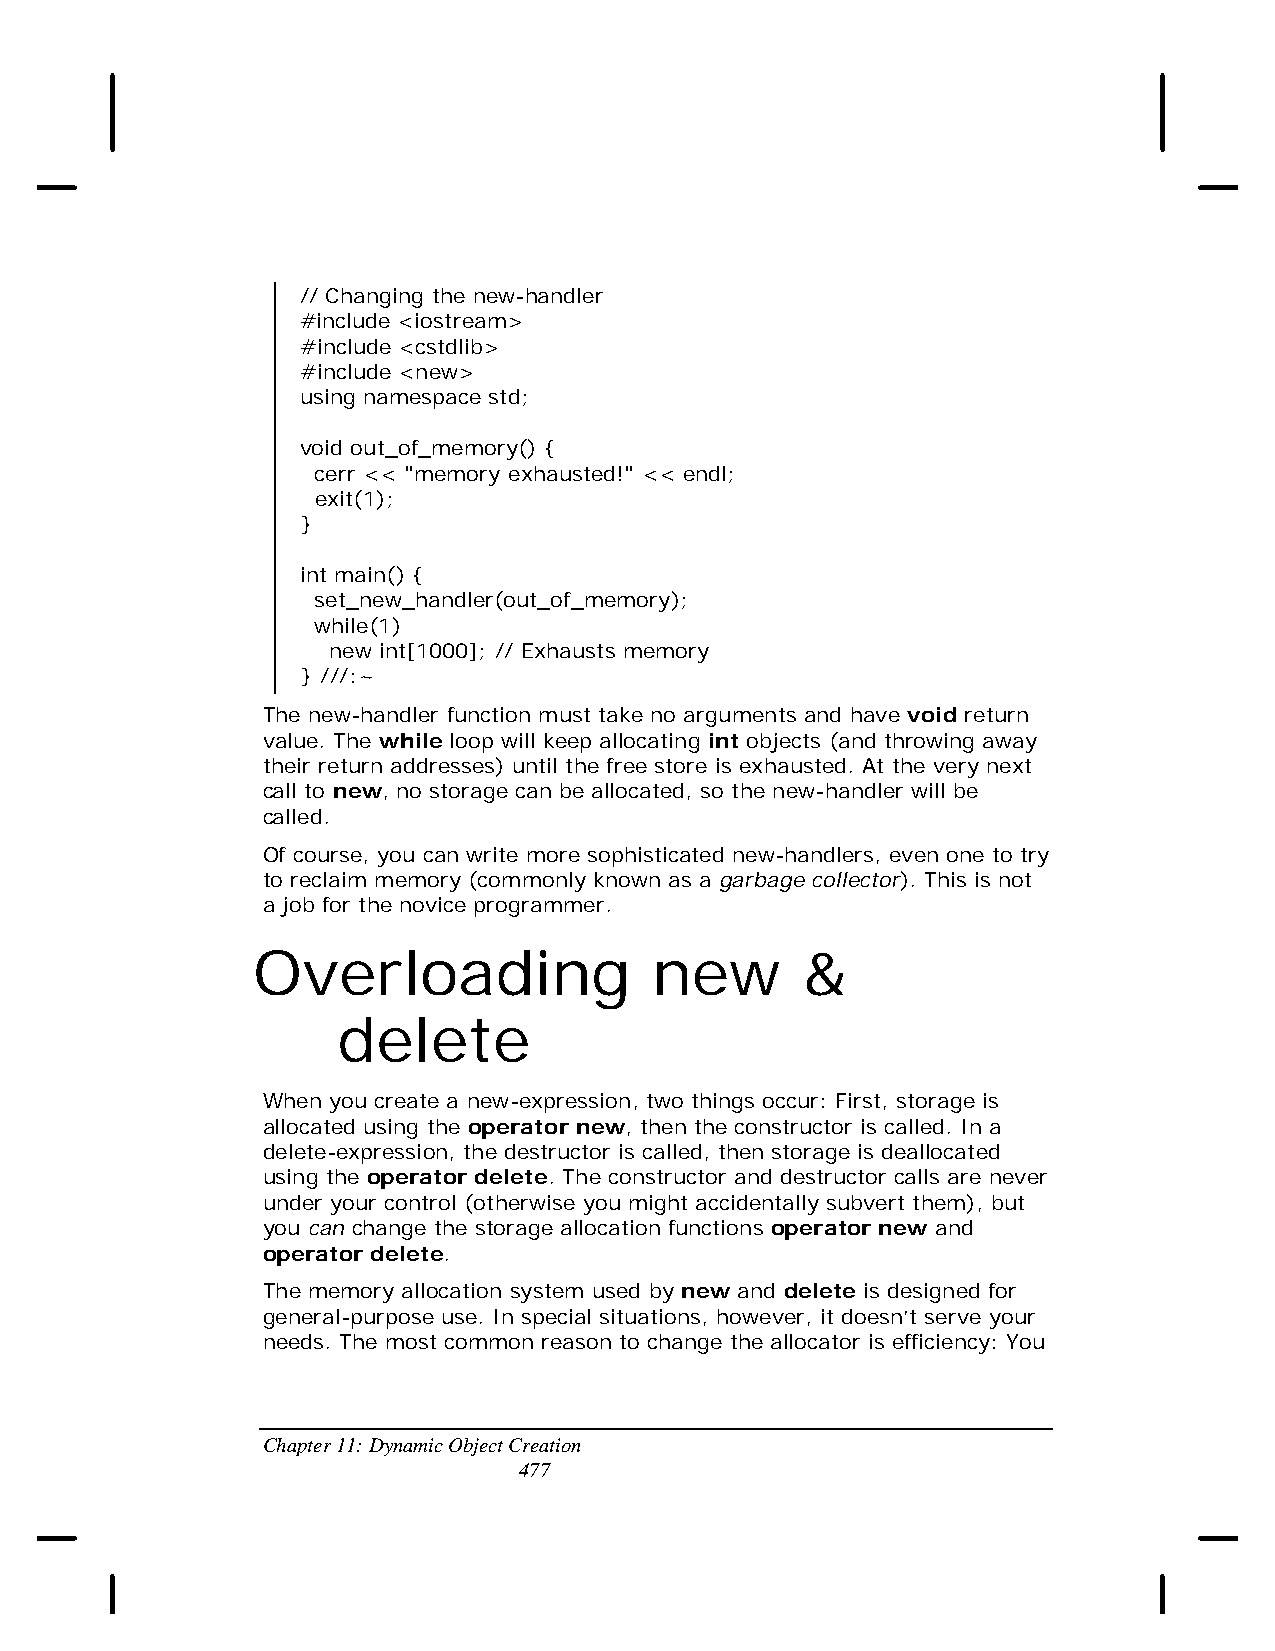
// Changing the new-handler
 #include <iostream>
 #include <cstdlib>
 #include <new>
 using namespace std;
 void out_of_memory() {
 cerr << "memory exhausted!" << endl;
 exit(1);
 }
 int main() {
 set_new_handler(out_of_memory);
 while(1)
 new int[1000]; // Exhausts memory
 } ///:~
 The new-handler function must take no arguments and have void return
 value. The while loop will keep allocating int objects (and throwing away
 their return addresses) until the free store is exhausted. At the very next
 call to new, no storage can be allocated, so the new-handler will be
 called.
 Of course, you can write more sophisticated new-handlers, even one to try
 to reclaim memory (commonly known as a garbage collector). This is not
 a job for the novice programmer.
 Overloading               new       &
 delete
 When you create a new-expression, two things occur: First, storage is
 allocated using the operator new, then the constructor is called. In a
 delete-expression, the destructor is called, then storage is deallocated
 using the operator delete. The constructor and destructor calls are never
 under your control (otherwise you might accidentally subvert them), but
 you can change the storage allocation functions operator new and
 operator delete.
 The memory allocation system used by new and delete is designed for
 general-purpose use. In special situations, however, it doesn’t serve your
 needs. The most common reason to change the allocator is efficiency: You
 Chapter 11: Dynamic Object Creation
 477